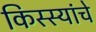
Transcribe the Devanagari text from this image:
किस्स्यांचे